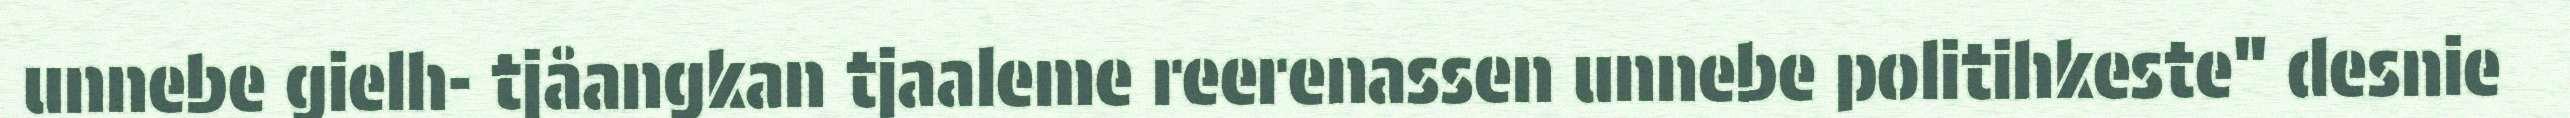
unnebe gielh- tjåangkan tjaaleme reerenassen unnebe politihkeste" desnie